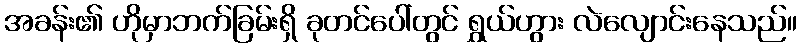
အခန်း၏ ဟိုမှာဘက်ခြမ်းရှိ ခုတင်ပေါ်တွင် ရွှယ်ဟွား လဲလျောင်းနေသည်။